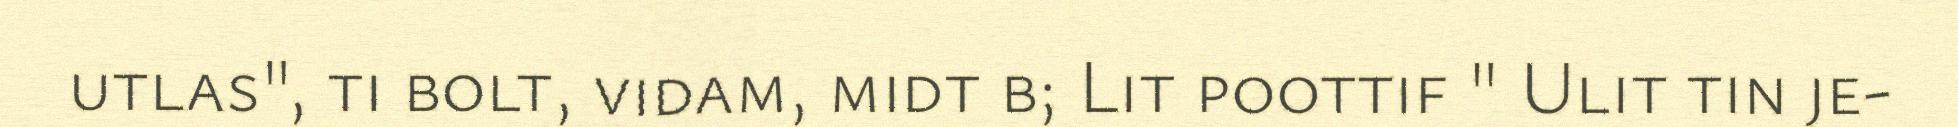
utlas", ti bolt, vidam, midt b; Lit poottif " Ulit tin je-